Investigations into the jail dietaries of the United Provinces with some observations on the influence of dietary on the physical development and well-being of the people of the United Provinces - Number 48
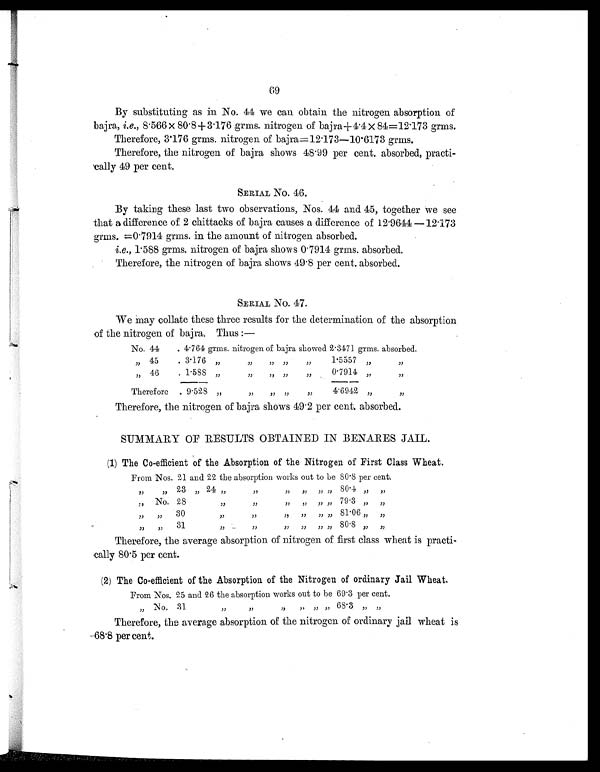
69
By substituting as in No. 44 we can obtain the nitrogen absorption of
bajra, i.e., 8.566 × 80.8+3.176 grms. nitrogen of bajra+4.4 × 84=12.173 grms.
Therefore, 3.176 grms. nitrogen of bajra=12.173—10.6173 grms.
Therefore, the nitrogen of bajra shows 48.99 per cent. absorbed, practi-
cally 49 per cent.
SERIAL No. 46.
By taking these last two observations, Nos. 44 and 45, together we see
that a difference of 2 chittacks of bajra causes a difference of 12.9644 —12.173
grms. =0.7914 grms. in the amount of nitrogen absorbed.
i.e., 1.588 grms. nitrogen of bajra shows 0.7914 grms. absorbed.
Therefore, the nitrogen of bajra shows 49.8 per cent. absorbed.
SERIAL No. 47.
We may collate these three results for the determination of the absorption
of the nitrogen of bajra. Thus:—
No. 44
. 4.764 grms. nitrogen of bajra showed 2.3471 grms. absorbed.
" 45
. 3.176 " " " " " 1.5557 " "
" 46
. 1.588 " " " "
" 0.7914 " "
Therefore . 9. 528 " " " " " 4. 6942 " "
Therefore, the nitrogen of bajra shows 49.2 per cent. absorbed.
SUMMARY OF RESULTS OBTAINED IN BENARES JAIL.
(1) The Co-efficient of the Absorption of the Nitrogen of First Class Wheat.
From Nos. 21 and 22 the absorption works out to be 80.8 per cent.
" " 2 3 " 2 4 " " " " " " 8 0 . 4 " "
" No. 28 " " " " " " 79.3 " "
" " 3 0 " " " " " " 8 1 . 0 6 " "
" " 31 " " " " " " 80.8 " "
Therefore, the average absorption of nitrogen of first class wheat is practi-
cally 80.5 per cent.
(2) The Co-efficient of the Absorption of the Nitrogen of ordinary Jail Wheat.
From Nos. 25 and 26 the absorption works out to be 69.3 per cent.
" No. 31 " " " " " " 68.3 " "
Therefore, the average absorption of the nitrogen of ordinary jail wheat is
68.8 per cent.